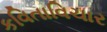
કવિતાવિચાર